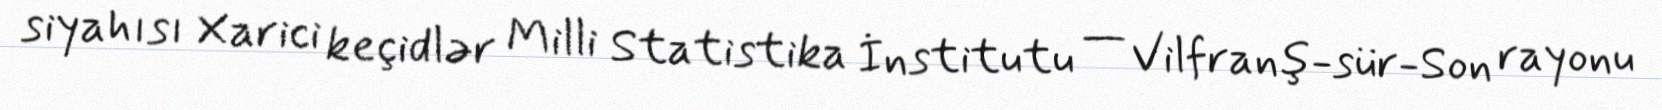
siyahısı Xarici keçidlər Milli Statistika İnstitutu — Vilfranş-sür-Son rayonu